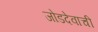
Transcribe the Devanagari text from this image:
जोडदेवाची